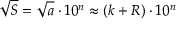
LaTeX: { \sqrt { S } } = { \sqrt { a } } \cdot 1 0 ^ { n } \approx ( k + R ) \cdot 1 0 ^ { n }